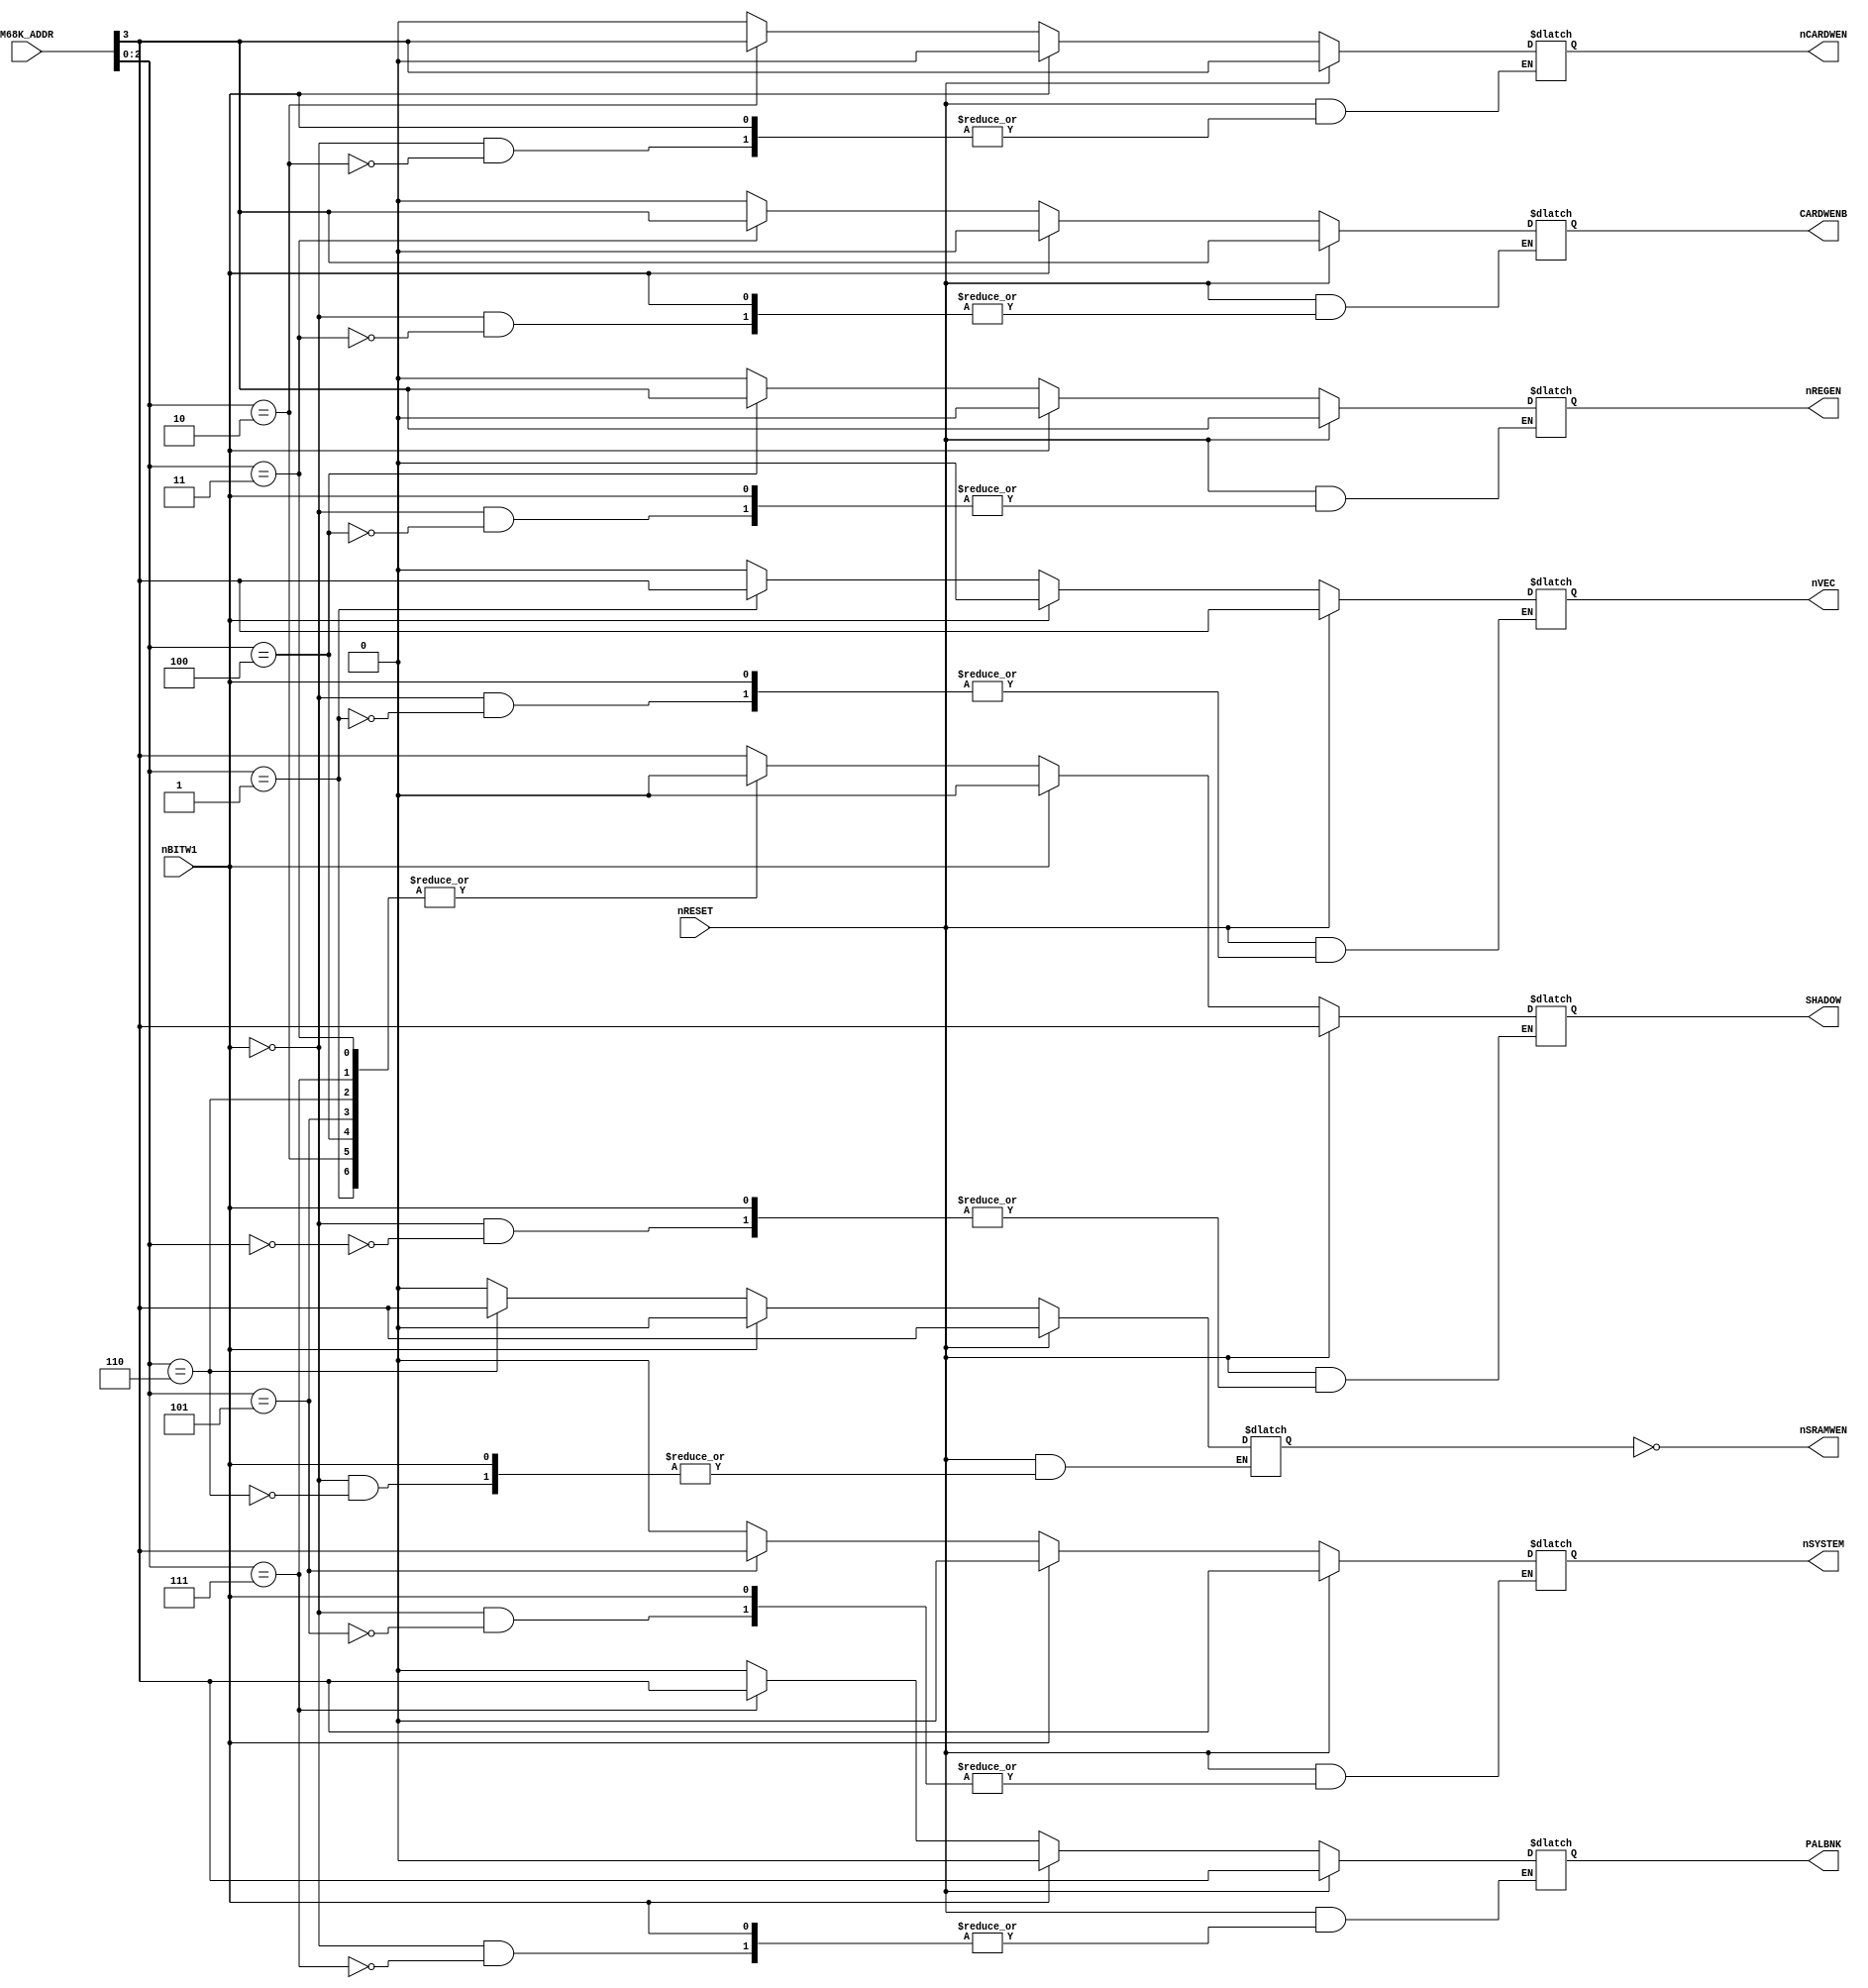
module syslatch(
	input [4:1] M68K_ADDR,
	input nBITW1,
	input nRESET,
	output SHADOW, nVEC, nCARDWEN, CARDWENB, nREGEN, nSYSTEM, nSRAMWEN, PALBNK
);

	reg [7:0] SLATCH;
	
	assign SHADOW = SLATCH[0];
	assign nVEC = SLATCH[1];
	assign nCARDWEN = SLATCH[2];
	assign CARDWENB = SLATCH[3];
	assign nREGEN = SLATCH[4];
	assign nSYSTEM = SLATCH[5];
	assign nSRAMWEN = ~SLATCH[6];		// See MVS schematics page 3
	assign PALBNK = SLATCH[7];
	
	// System latch
	always @(M68K_ADDR[4:1] or nBITW1 or nRESET)
	begin
		if (!nRESET)
		begin
			if (nBITW1)
				SLATCH <= 8'b0;	// Clear
			else
			begin						// Demux mode
				case (M68K_ADDR[3:1])
					0: SLATCH <= {7'b0000000, M68K_ADDR[4]};
					1: SLATCH <= {6'b000000, M68K_ADDR[4], 1'b0};
					2: SLATCH <= {5'b00000, M68K_ADDR[4], 2'b00};
					3: SLATCH <= {4'b0000, M68K_ADDR[4], 3'b000};
					4: SLATCH <= {3'b000, M68K_ADDR[4], 4'b0000};
					5: SLATCH <= {2'b00, M68K_ADDR[4], 5'b00000};
					6: SLATCH <= {1'b0, M68K_ADDR[4], 6'b000000};
					7: SLATCH <= {M68K_ADDR[4], 7'b0000000};
				endcase
			end
		end
		else if (!nBITW1)
		begin							// Latch mode
			SLATCH[M68K_ADDR[3:1]] <= M68K_ADDR[4];
			
			// DEBUG
			if (M68K_ADDR[4:1] == 4'h0)
				$display("SYSLATCH: NOSHADOW");
			else if (M68K_ADDR[4:1] == 4'h1)
				$display("SYSLATCH: REG_SWPBIOS");
			else if (M68K_ADDR[4:1] == 4'h2)
				$display("SYSLATCH: REG_CRDUNLOCK1");
			else if (M68K_ADDR[4:1] == 4'h3)
				$display("SYSLATCH: REG_CRDLOCK2");
			else if (M68K_ADDR[4:1] == 4'h4)
				$display("SYSLATCH: REG_CRDREGSEL");
			else if (M68K_ADDR[4:1] == 4'h5)
				$display("SYSLATCH: REG_BRDFIX");
			else if (M68K_ADDR[4:1] == 4'h6)
				$display("SYSLATCH: REG_SRAMLOCK");
			else if (M68K_ADDR[4:1] == 4'h7)
				$display("SYSLATCH: REG_PALBANK1");
			else if (M68K_ADDR[4:1] == 4'h8)
				$display("SYSLATCH: REG_SHADOW");
			else if (M68K_ADDR[4:1] == 4'h9)
				$display("SYSLATCH: REG_SWPROM");
			else if (M68K_ADDR[4:1] == 4'hA)
				$display("SYSLATCH: REG_CRDLOCK1");
			else if (M68K_ADDR[4:1] == 4'hB)
				$display("SYSLATCH: REG_CRDUNLOCK2");
			else if (M68K_ADDR[4:1] == 4'hC)
				$display("SYSLATCH: REG_CRDNORMAL");
			else if (M68K_ADDR[4:1] == 4'hD)
				$display("SYSLATCH: REG_CRTFIX");
			else if (M68K_ADDR[4:1] == 4'hE)
				$display("SYSLATCH: REG_SRAMUNLOCK");
			else if (M68K_ADDR[4:1] == 4'hF)
				$display("SYSLATCH: REG_PALBANK0");
		end
	end
	
endmodule